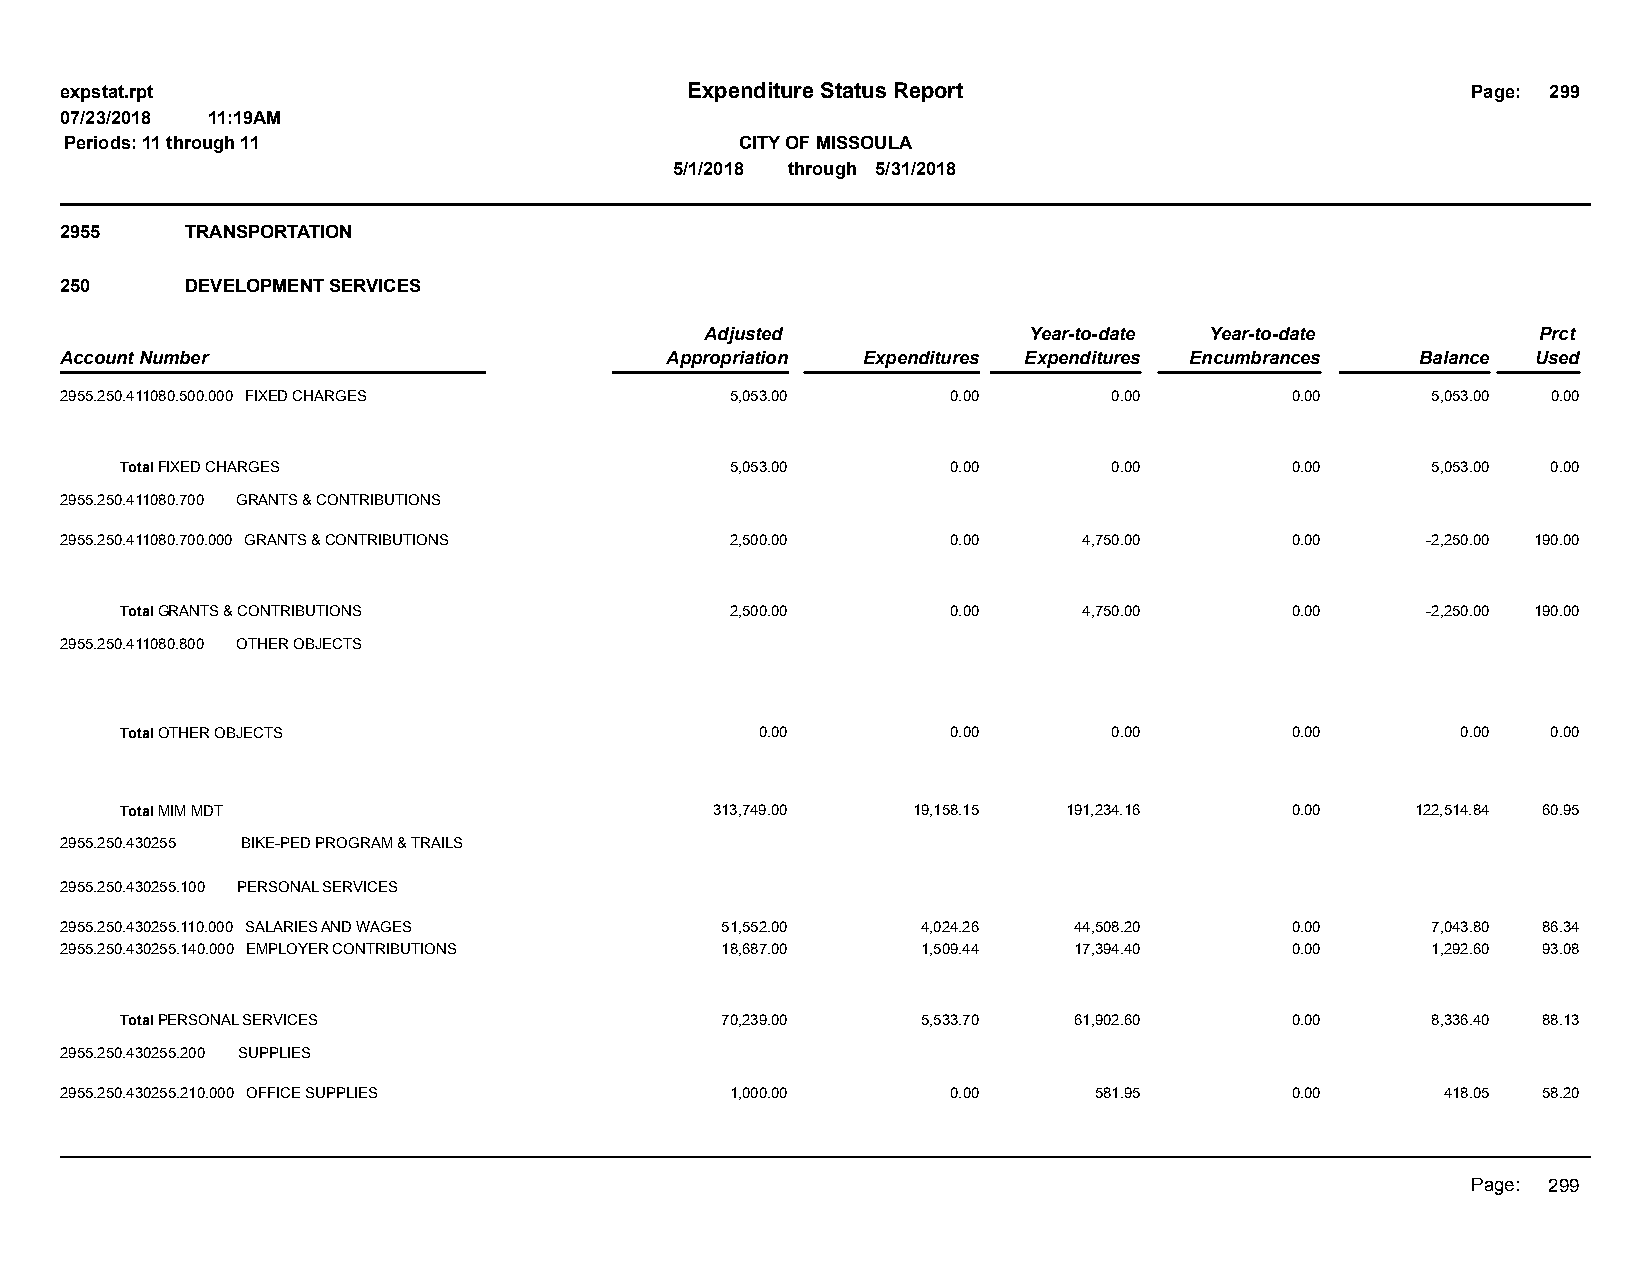
expstat.rpt                              Expenditure Status Report                           Page: 299
 07/23/2018 11:19AM
 Periods: 11 through 11                       CITY OF MISSOULA
 5/1/2018 through 5/31/2018
 2955    TRANSPORTATION
 250     DEVELOPMENT SERVICES
 Adjusted             Year-to-date Year-to-date         Prct
 Account Number                          Appropriation Expenditures Expenditures Encumbrances Balance Used
 2955.250.411080.500.000 FIXED CHARGES       5,053.00       0.00       0.00       0.00      5,053.00 0.00
 Total FIXED CHARGES                     5,053.00       0.00       0.00       0.00      5,053.00 0.00
 2955.250.411080.700 GRANTS & CONTRIBUTIONS
 2955.250.411080.700.000 GRANTS & CONTRIBUTIONS 2,500.00    0.00     4,750.00     0.00     -2,250.00 190.00
 Total GRANTS & CONTRIBUTIONS            2,500.00       0.00     4,750.00     0.00     -2,250.00 190.00
 2955.250.411080.800 OTHER OBJECTS
 Total OTHER OBJECTS                       0.00         0.00       0.00       0.00        0.00  0.00
 Total MIM MDT                          313,749.00   19,158.15  191,234.16    0.00     122,514.84 60.95
 2955.250.430255 BIKE-PED PROGRAM & TRAILS
 2955.250.430255.100 PERSONAL SERVICES
 2955.250.430255.110.000 SALARIES AND WAGES  51,552.00    4,024.26  44,508.20     0.00      7,043.80 86.34
 2955.250.430255.140.000 EMPLOYER CONTRIBUTIONS 18,687.00 1,509.44  17,394.40     0.00      1,292.60 93.08
 Total PERSONAL SERVICES                 70,239.00    5,533.70  61,902.60     0.00      8,336.40 88.13
 2955.250.430255.200 SUPPLIES
 2955.250.430255.210.000 OFFICE SUPPLIES     1,000.00       0.00     581.95       0.00       418.05 58.20
 Page: 299